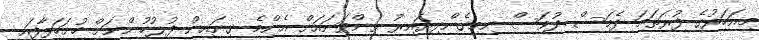
މިއަހަރުގެ ފުރަތަމަ ދެމަސް ދުވަސް ނިމިގެންދިޔައިރު ތިންވަނައަށް އެންމެ ގިނައިން ފުލުހުންނަށް ހުށަހަޅާފައި